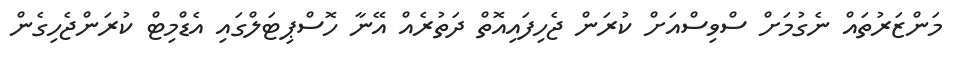
މަންޒަރުތައް ނެގުމަށް ސްވިސްއަށް ކުރަން ޖެހިފައިއޮތް ދަތުރެއް އޭނާ ހޮސްޕިޓަލްގައި އެޑްމިޓް ކުރަންޖެހިގެން